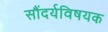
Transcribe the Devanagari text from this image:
सौंदर्यविषयक